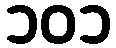
၁၀၁